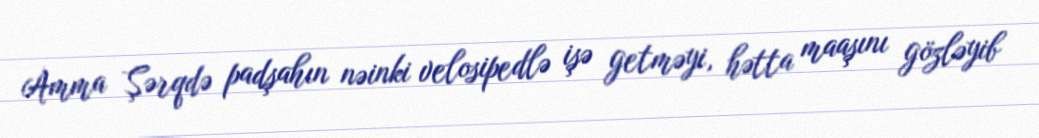
Amma Şərqdə padşahın nəinki velosipedlə işə getməyi, hətta maaşını gözləyib